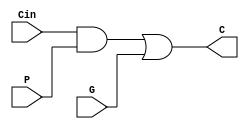
module CU(input wire  P,G,Cin,
          output wire C);

    assign C = (Cin & P) | G;

endmodule